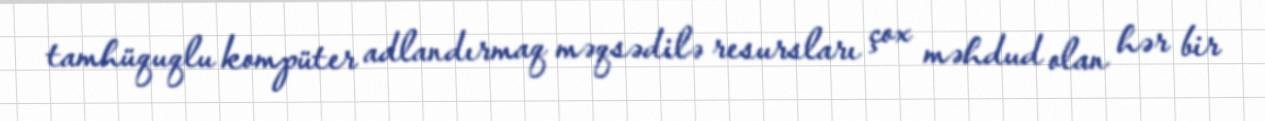
tamhüquqlu kompüter adlandırmaq məqsədilə resursları çox məhdud olan hər bir